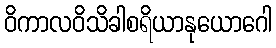
ဝိကာလဝိသိခါစရိယာနုယောဂေါ